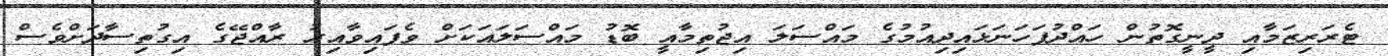
ޓެރަރިޒަމާއި ދީނީގޮތުން ހައްދުފަހަނަޅައިދިއުމުގެ މައްސަލަ އިޖުތިމާއީ ބޮޑު މައްސަލައަކަށް ވެފައިވާއިރު ރާއްޖޭގެ އިގުތިސާދަށްވެސް